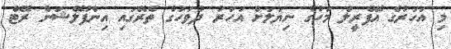
މި އަހަރުގެ އޭޕްރީލް މަހުގެ ނިޔަލަށް އަހަރު ދުވަހުގެ ތެރޭގައި އިންފުލޭޝަން ރޭޓް